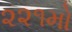
૨૨૧મો